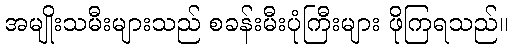
အမျိုးသမီးများသည် စခန်းမီးပုံကြီးများ ဖိုကြရသည်။